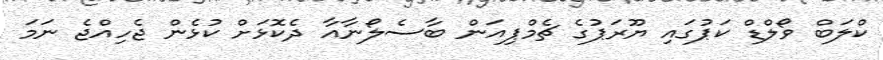
ކްލަބް ވޯލްޑް ކަޕުގައި ޔޫރަޕުގެ ޗެމްޕިއަން ބާސެލޯނާއާ ދެކޮޅަށް ކުޅެން ޖެހިއްޖެ ނަމަ